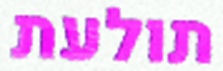
תולעת